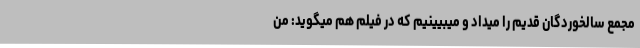
مجمع سالخوردگان قدیم را میداد و میبیینیم که در فیلم هم میگوید: من